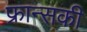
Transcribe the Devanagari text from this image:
फ्रान्सकी